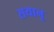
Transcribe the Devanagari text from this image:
सयानू